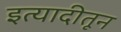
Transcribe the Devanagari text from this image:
इत्यादीतून